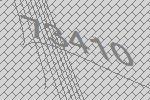
73410